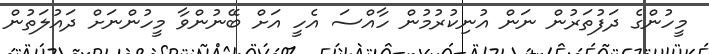
މީހުންގެ ދަފުތަރުން ނަން އުނިކުރުމުން ހާއްސަ އެހީ އަށް ބޭނުންވާ މީހުންނަށް ދައުލަތުން